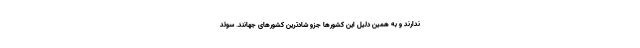
ندارند و به همین دلیل این کشورها جزو شادترین کشورهای جهانند. سوئد